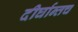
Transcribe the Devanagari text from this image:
दीर्घान्तच